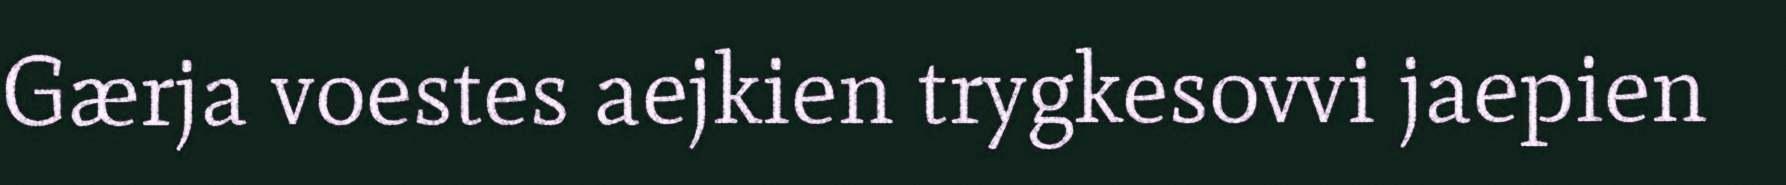
Gærja voestes aejkien trygkesovvi jaepien